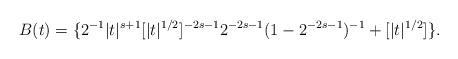
LaTeX: \begin{align*}B(t)=\{2^{-1}|t|^{s+1}[|t|^{1/2}]^{-2s-1}2^{-2s-1}(1-2^{-2s-1})^{-1}+[|t|^{1/2}] \}.\end{align*}